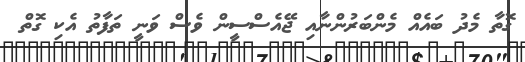
ގޮތާ މެދު ބައެއް މެންބަރުންނާއި ޖޭއެސްސީން ވެސް ވަނީ ތަފާތު އެކި ގޮތް